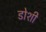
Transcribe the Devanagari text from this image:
डोशी